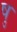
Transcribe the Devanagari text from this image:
षु